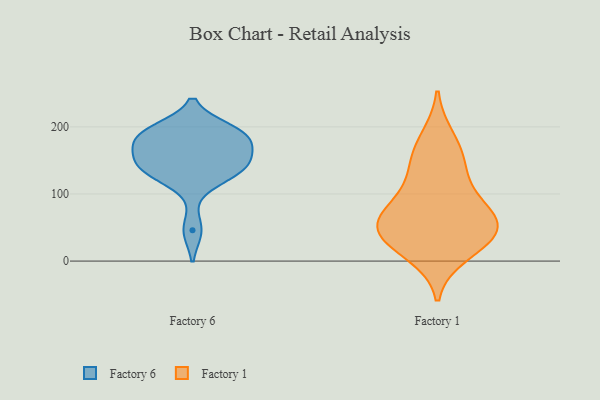
{"axis": {"x": "Headcount", "y": "Value"}, "legend": ["Factory 1", "Factory 6"], "data": [{"x": "", "y": 159, "type": "Factory 6"}, {"x": "", "y": 191, "type": "Factory 6"}, {"x": "", "y": 122, "type": "Factory 6"}, {"x": "", "y": 136, "type": "Factory 6"}, {"x": "", "y": 187, "type": "Factory 6"}, {"x": "", "y": 149, "type": "Factory 6"}, {"x": "", "y": 183, "type": "Factory 6"}, {"x": "", "y": 136, "type": "Factory 6"}, {"x": "", "y": 195, "type": "Factory 6"}, {"x": "", "y": 46, "type": "Factory 6"}, {"x": "", "y": 183, "type": "Factory 6"}, {"x": "", "y": 146, "type": "Factory 6"}, {"x": "", "y": 68, "type": "Factory 1"}, {"x": "", "y": 104, "type": "Factory 1"}, {"x": "", "y": 51, "type": "Factory 1"}, {"x": "", "y": 54, "type": "Factory 1"}, {"x": "", "y": 11, "type": "Factory 1"}, {"x": "", "y": 183, "type": "Factory 1"}, {"x": "", "y": 28, "type": "Factory 1"}, {"x": "", "y": 36, "type": "Factory 1"}, {"x": "", "y": 139, "type": "Factory 1"}, {"x": "", "y": 50, "type": "Factory 1"}, {"x": "", "y": 154, "type": "Factory 1"}, {"x": "", "y": 78, "type": "Factory 1"}]}